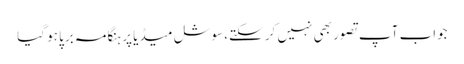
جواب آپ تصور بھی نہیں کر سکتے، سوشل میڈیا پر ہنگامہ برپا ہو گیا